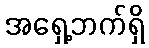
အရှေ့ဘက်ရှိ